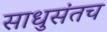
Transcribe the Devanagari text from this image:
साधुसंतच